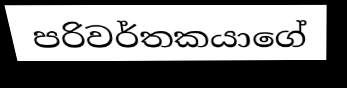
පරිවර්තකයාගේ